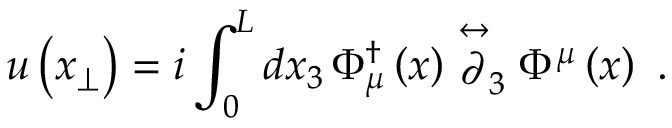
u \left( x _ { \perp } \right) = i \int _ { 0 } ^ { L } d x _ { 3 } \, \Phi _ { \mu } ^ { \dagger } \left( x \right) \stackrel { \leftrightarrow } { \partial } _ { 3 } \Phi ^ { \mu } \left( x \right) \ .